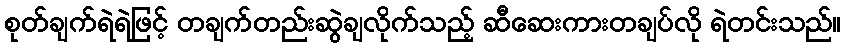
စုတ်ချက်ရဲရဲဖြင့် တချက်တည်းဆွဲချလိုက်သည့် ဆီဆေးကားတချပ်လို ရဲတင်းသည်။